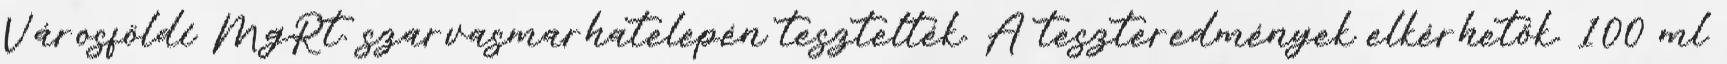
Városföldi MgRt. szarvasmarhatelepén tesztelték. A teszteredmények elkérhetők. 100 ml